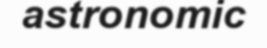
astronomic